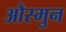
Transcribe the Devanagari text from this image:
औस्मुन